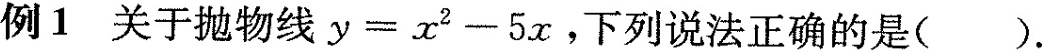
例1 关于抛物线$$y = x ^ { 2 } - 5 x$$，下列说法正确的是().